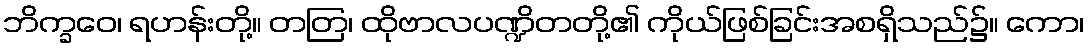
ဘိက္ခဝေ၊ ရဟန်းတို့။ တတြ၊ ထိုဗာလပဏ္ဍိတတို့၏ ကိုယ်ဖြစ်ခြင်းအစရှိသည်၌။ ကော၊